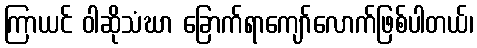
ကြာယင် ဝါဆိုသံဃာ ခြောက်ရာကျော်လောက်ဖြစ်ပါတယ်၊